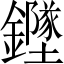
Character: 𲇫